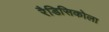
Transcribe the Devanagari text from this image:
रैडिसिकोला